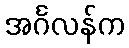
အင်္ဂလန်က